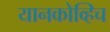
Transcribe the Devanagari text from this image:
यानकोव्हिच